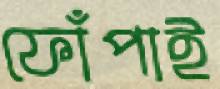
ফোঁপাই